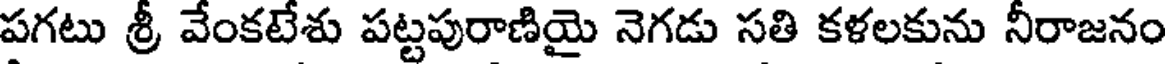
పగటు శ్రీ వేంకటేశు పట్టపురాణియై నెగడు సతి కళలకును నీరాజనం